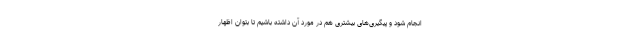
انجام شود و پیگیری‌های بیشتری هم در مورد آن داشته باشیم تا بتوان اظهار